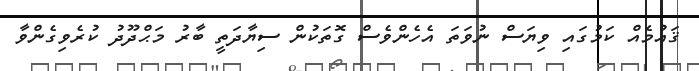
ޤައުމެއް ކަމުގައި ވިޔަސް ނުވަތަ އެހެންވެސް ގޮތަކުން ސިޔާދަތީ ބާރު މަޙްދޫދު ކުރެވިގެންވާ